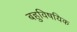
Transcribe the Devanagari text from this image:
बहुविषयिक